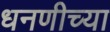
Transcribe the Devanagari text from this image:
धनणीच्या